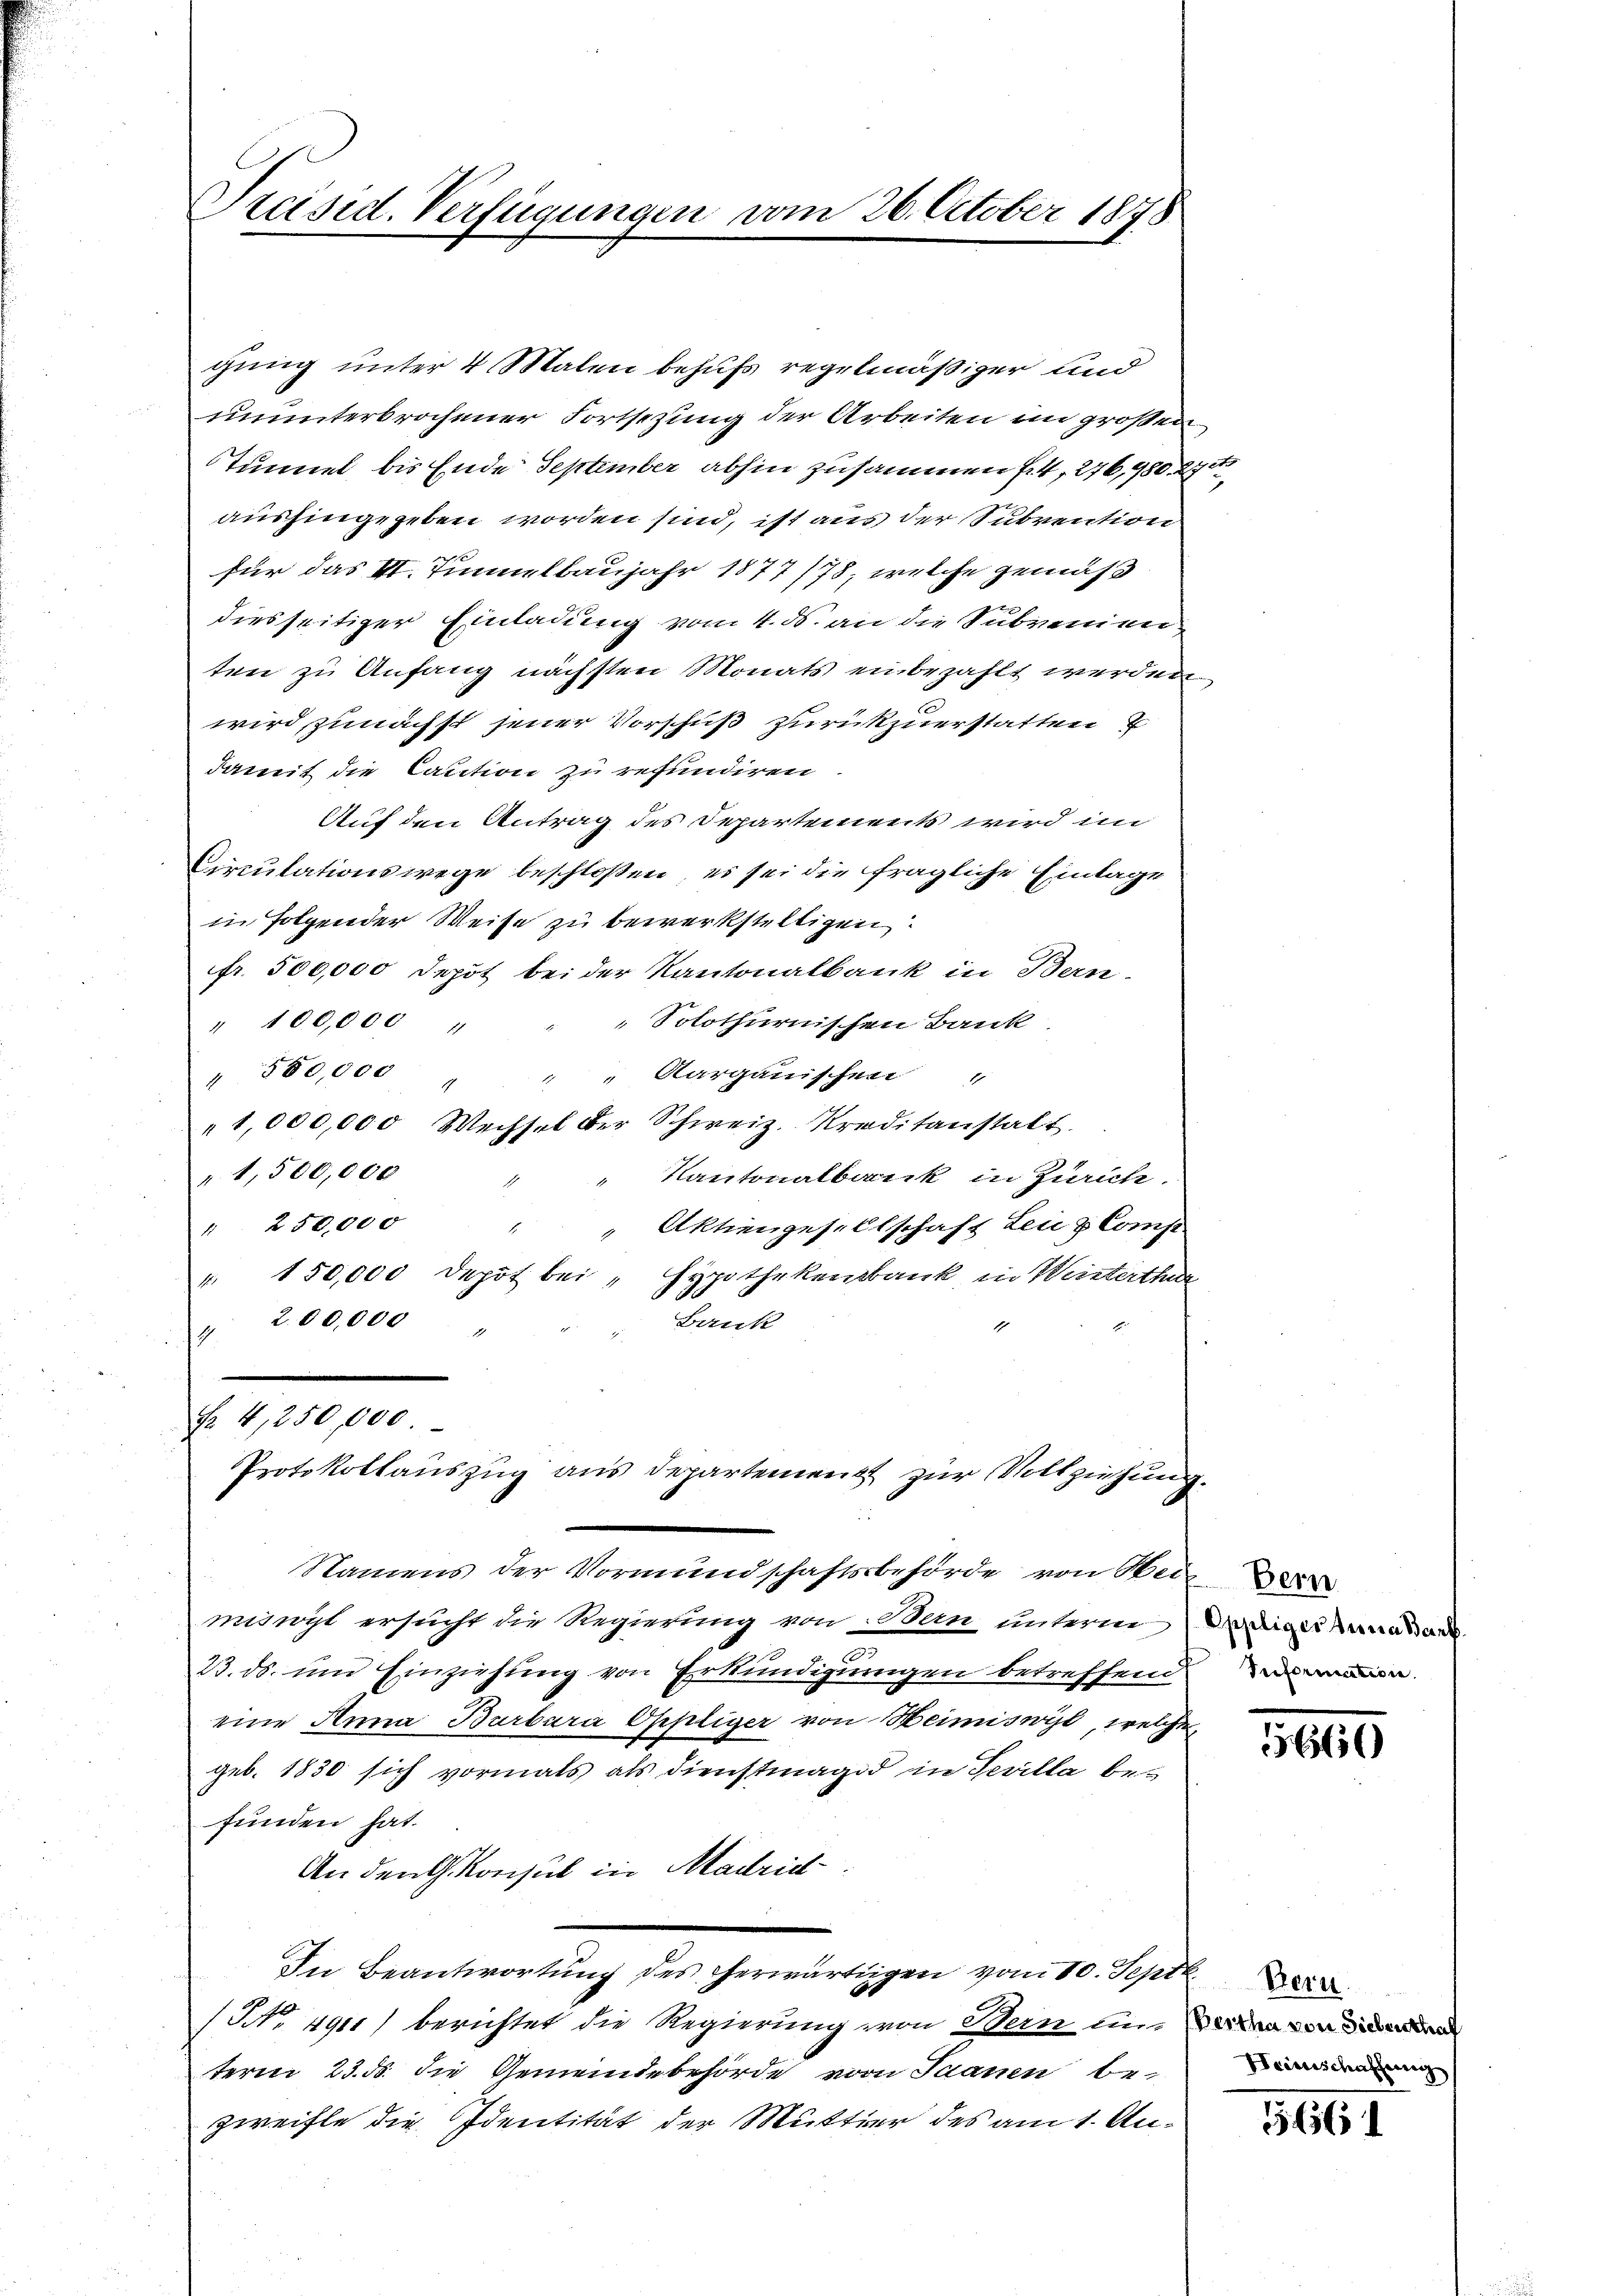
Preisid. Verfügungen vom 26. October 1878

gung unter 4 Malen behufs regelmäßiger und
ununterbrochener Fortsetzung der Arbeiten im großen
Tunnel bis Ende September abhin zusammen f. 4, 276,980. 275
aushingegeben worden sind, ist aus der Subvention
für das II. Tunnelbaujahr 1877/78, welche gemäß
diesseitiger Einladung vom 4. ds. an die Subvenien
ten zu Anfang nächsten Monats einbezahlt werden,
wird, zunächst jener Vorschuß zurückzuerstatten
damit die Caution zu refundiren
Auf den Antrag des Departements wird im
Circulationswege beschloßen, es sei die fragliche Einlage
in Folgender Weise zu bewerkstelligen.
fr. 500,000 depot bei der Kantonalbank in Bern-
Solothurnischen Bank
" 100,000
" 580,000
" Aargauischen
4
"1,000,000 Wechsel der Schweiz. Kreditanstatt.
"1,500,000
Kantonalbank in Zürich.
" 250,000
Aktiengesellschaft Lenz Comp
2
" 150,000 depot bei „Hypothekenbank, in Weisterthur
Bank
" 200,000 "
Nr. 4,250,000.
Protokollauszug aus Departement zur Vollziehung.

Namens der Vormundschaftsbehörde von Sei
mängt ersucht die Regierung von Dan unterm Weige Annas an
3
23. ds. um Einziehung von Erkundigungen betreffend
eine Anna Barbara Oppliger von Heimiswyl, welche
geb. 1830 sich vormals als dienstmagd in Tevilla be-
funden hat.
An den Konsul in Madrid
In Beantwortung des herwärtigen vom 10. Sept.
(NNo. 491) berichtet die Regierung von Bern unterm 23. ds. die Gemeindebehörde vom Saanen bezweifle die Identität der Mutter des am 1. An¬

Treformation.

5660

Heimschaffung

5661